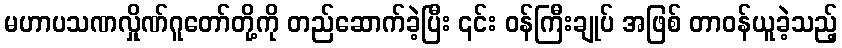
မဟာပသဏလှိုဏ်ဂူတော်တို့ကို တည်ဆောက်ခဲ့ပြီး ၎င်း ဝန်ကြီးချုပ် အဖြစ် တာဝန်ယူခဲ့သည့်